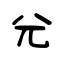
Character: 尣